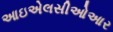
આઇએલસીઓઆર